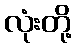
လုံးတို့